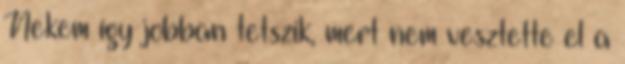
Nekem így jobban tetszik, mert nem vesztette el a